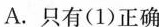
A.只有(1)正确